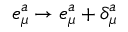
e _ { \mu } ^ { a } \to e _ { \mu } ^ { a } + \delta _ { \mu } ^ { a }